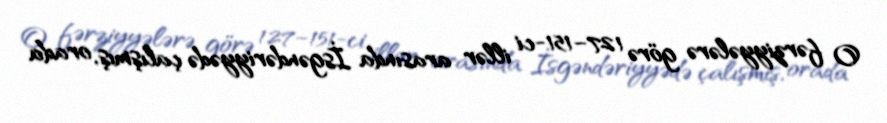
O fərziyyələrə görə 127–151-ci illər arasında İsgəndəriyyədə çalışmış, orada